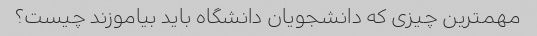
مهمترین چیزی که دانشجویان دانشگاه باید بیاموزند چیست؟